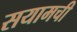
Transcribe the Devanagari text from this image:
सयामची